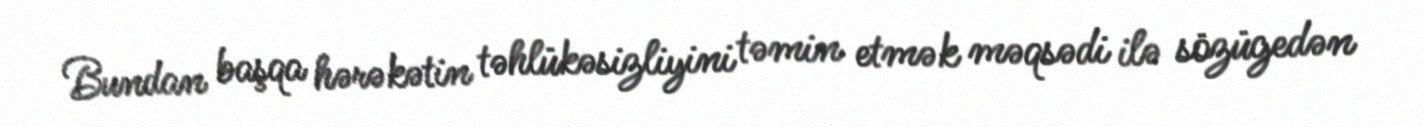
Bundan başqa hərəkətin təhlükəsizliyini təmin etmək məqsədi ilə sözügedən